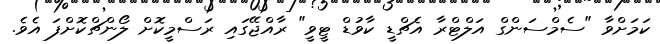
ކަމަށްވާ "ސެމްސަންގް އަލްޓްރާ އެޗްޑީ ކާވުޑް ޓީވީ" ރާއްޖޭގައި ރަސްމީކޮށް ލޯންޗްކޮށްފަ އެވެ.